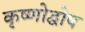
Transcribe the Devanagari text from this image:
कृष्णोद्घोष